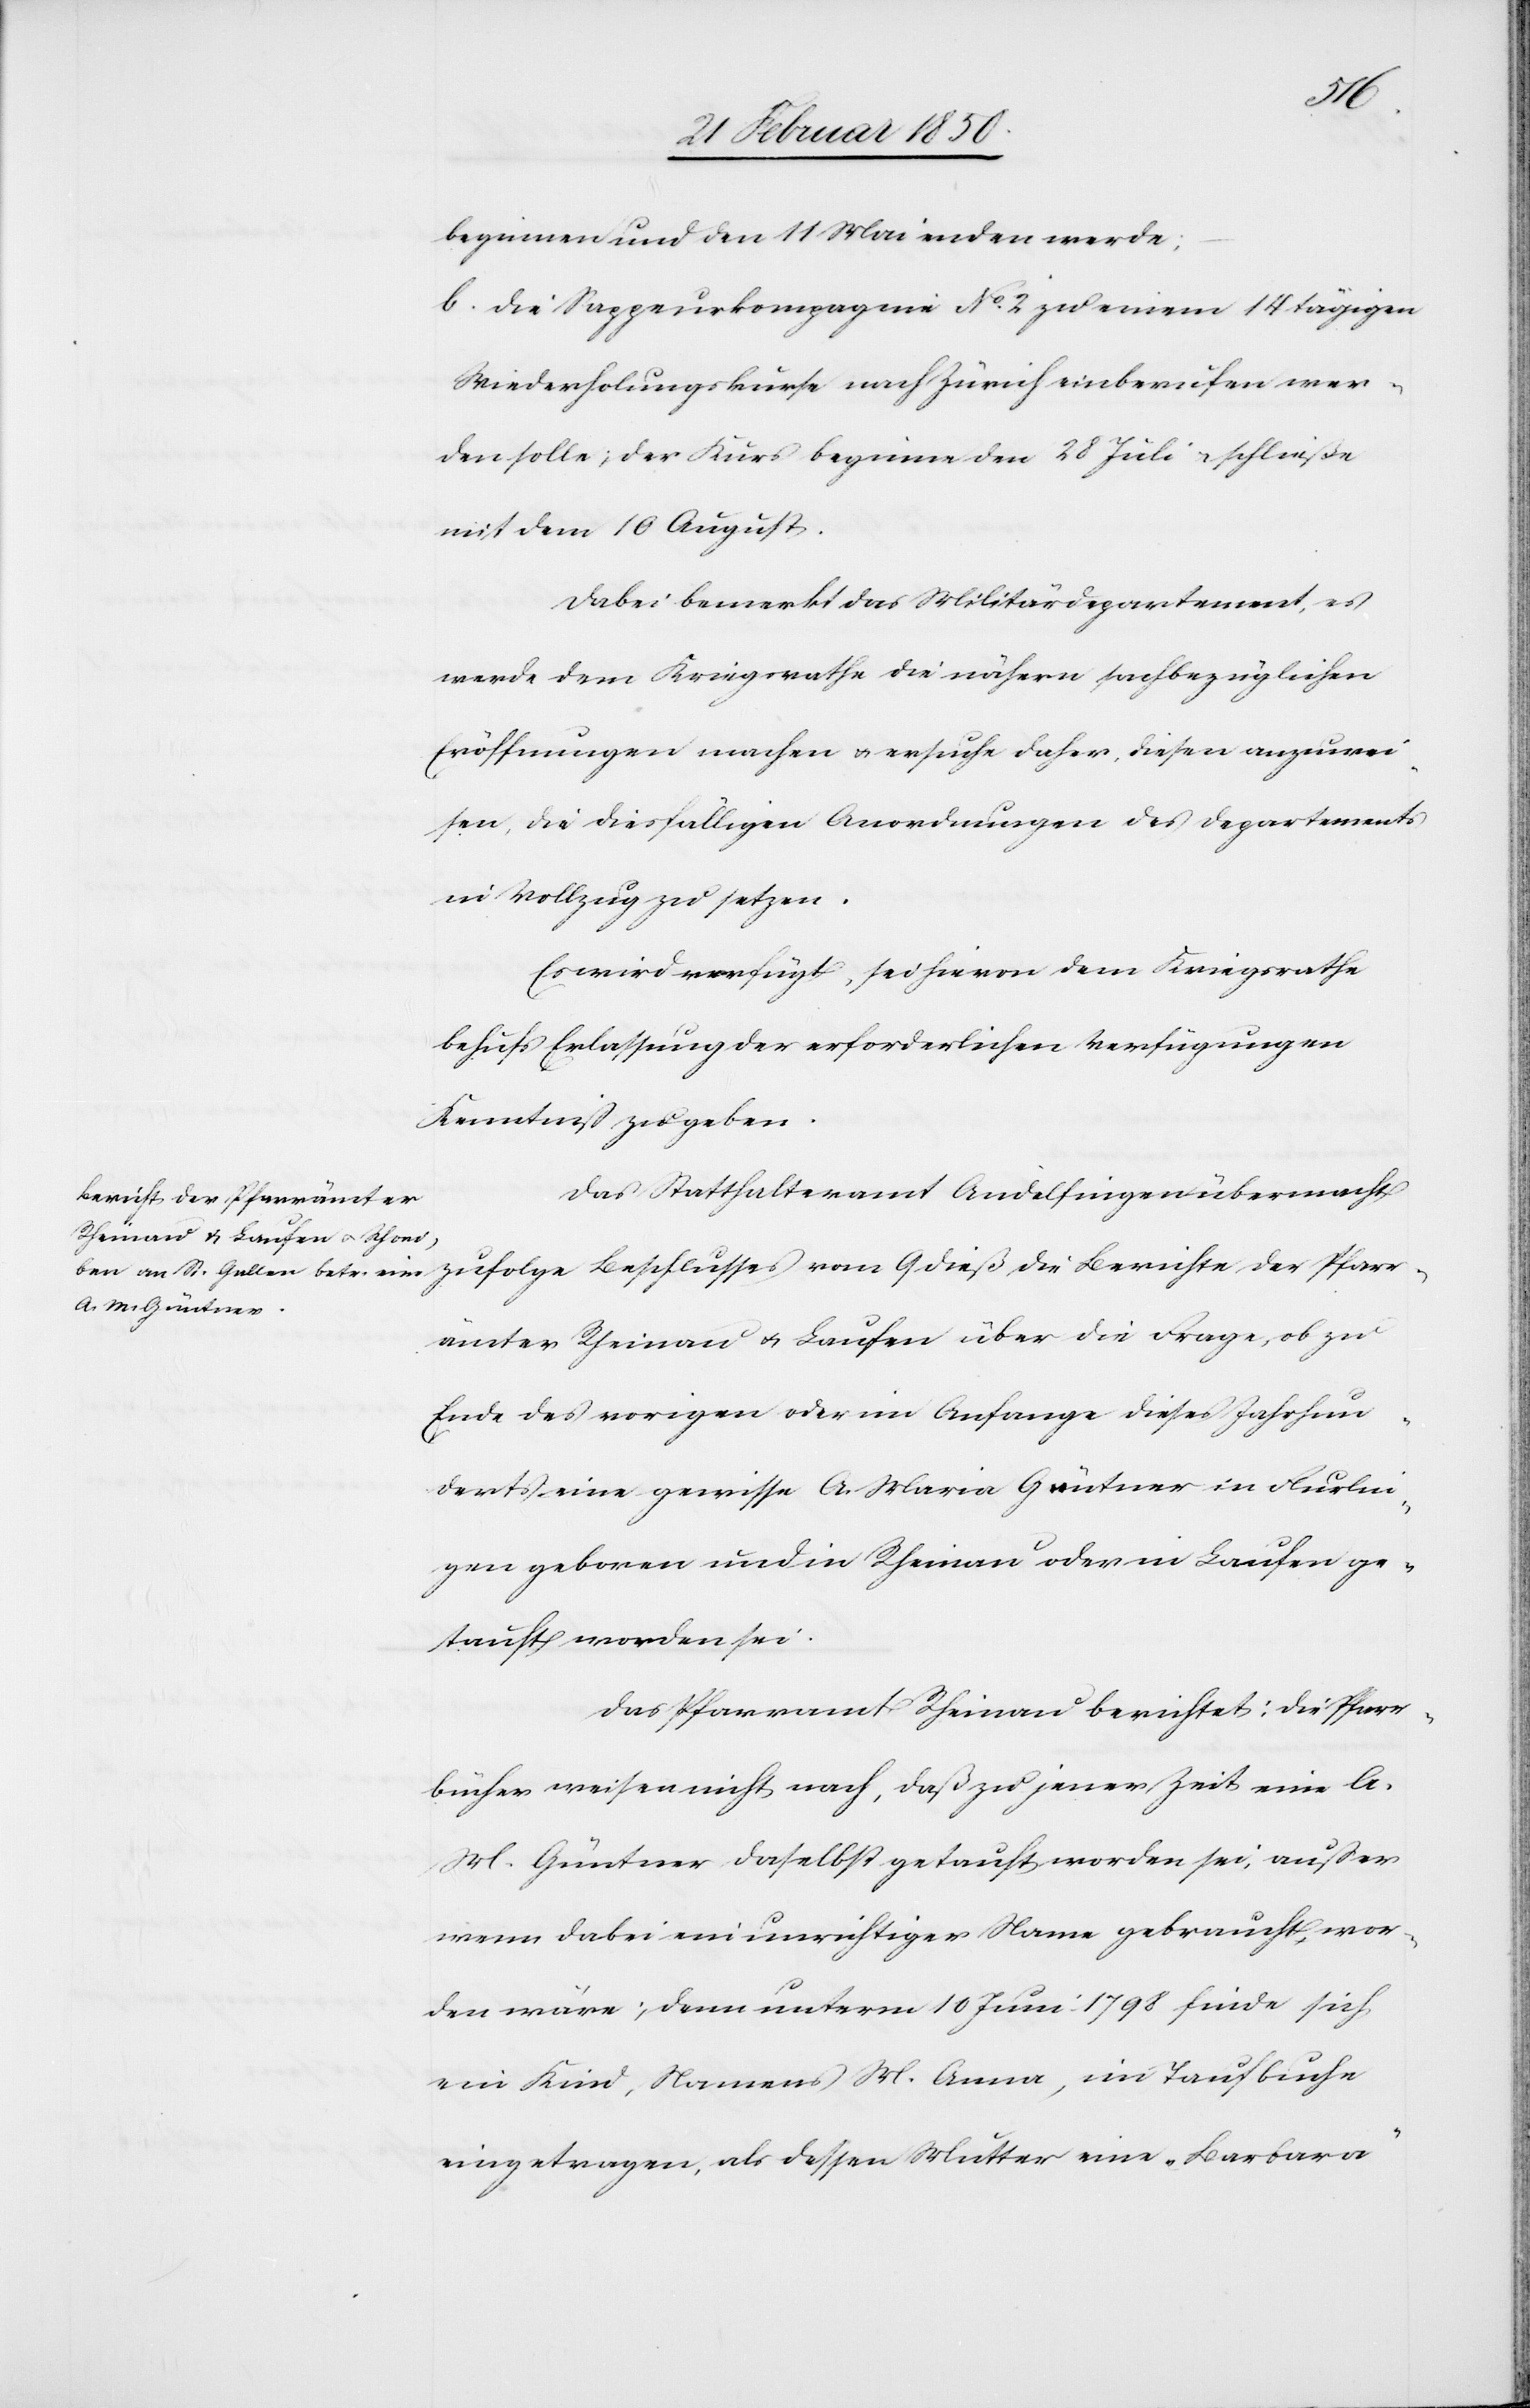
25
beginnen und den 11 Mai enden werde;
b. Die Sappeurkompagnie No. 2 zu einem 14 tägigen
Wiederholungskurse nach Zürich einberufen wer¬
den solle; der Kurs beginne den 28 Juli u. schließe
mit dem 10 August.
Dabei bemerkt das Militärdepartement, es
werde dem Kriegsrathe die nähern sachbezüglichen
Eröffnungen machen u. ersuche daher, diesen anzuwei¬
sen, die diesfälligen Anordnungen des Departements
in Vollzug zu setzen.
Es wird verfügt, sei hievon dem Kriegsrathe
behufs Erlassung der erforderlichen Verfügungen
Kenntniß zu geben.
Das Statthalteramt Andelfingen übermacht
Berichte der Pfarrä¬
mter Rheinau u. Laufen über die Frage, ob zu
Ende des vorigen oder im Anfange dieses Jahrhun¬
derts eine gewisse A. Maria Güntner in Flurlin¬
gen geboren und in Rheinau oder in Laufen ge¬
tauft worden sei.
Das Pfarramt Rheinau berichtet: Die Pfarr¬
bücher weisen nicht nach, daß zu jener Zeit eine A.
M. Güntner daselbst getauft worden sei, außer
wenn dabei ein unrichtiger Name gebraucht wor¬
den wäre; denn unterm 10 Juni 1798 finde sich
ein Kind, Namens M. Anna, im Taufbuche
eingetragen, als dessen Mutter eine „Barbara“